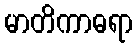
မာတိကာဓရာ